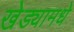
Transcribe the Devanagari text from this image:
खेड्यामधे